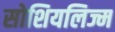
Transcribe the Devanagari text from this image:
सोशियलिज्म